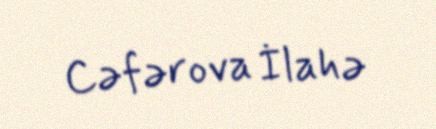
Cəfərova İlahə